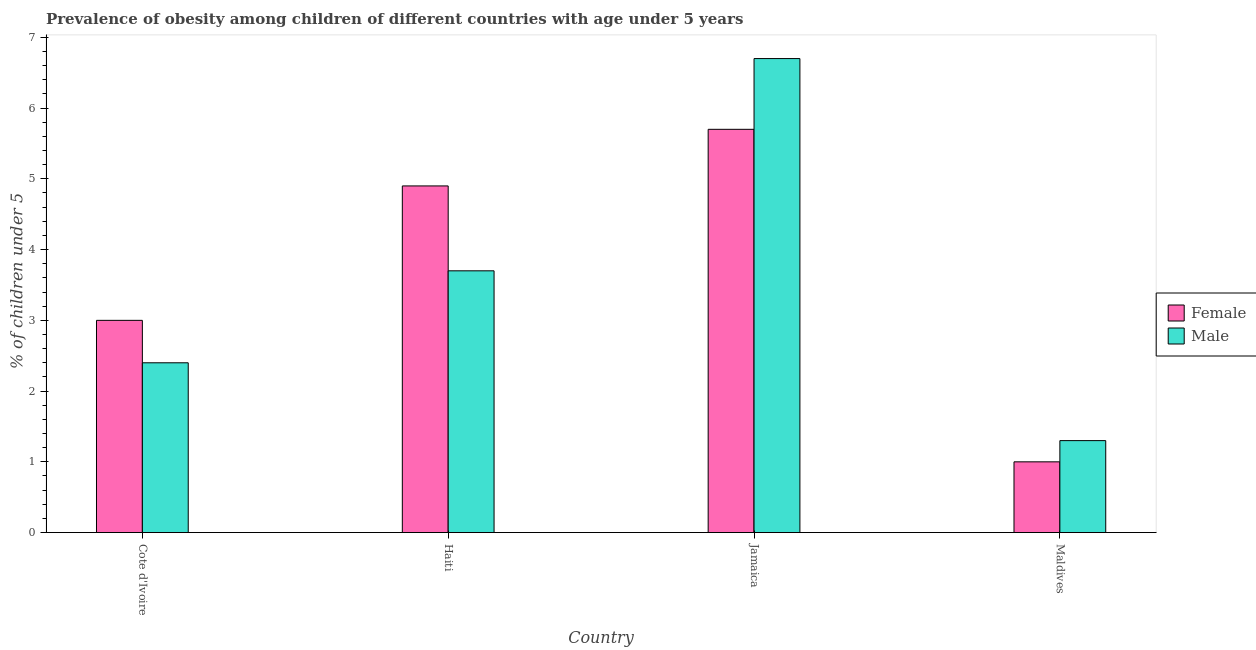
| Country | Female | Male |
 | --- | --- | --- |
 | Cote d'Ivoire | 3 | 2.4 |
 | Haiti | 4.9 | 3.7 |
 | Jamaica | 5.7 | 6.7 |
 | Maldives | 1 | 1.3 |